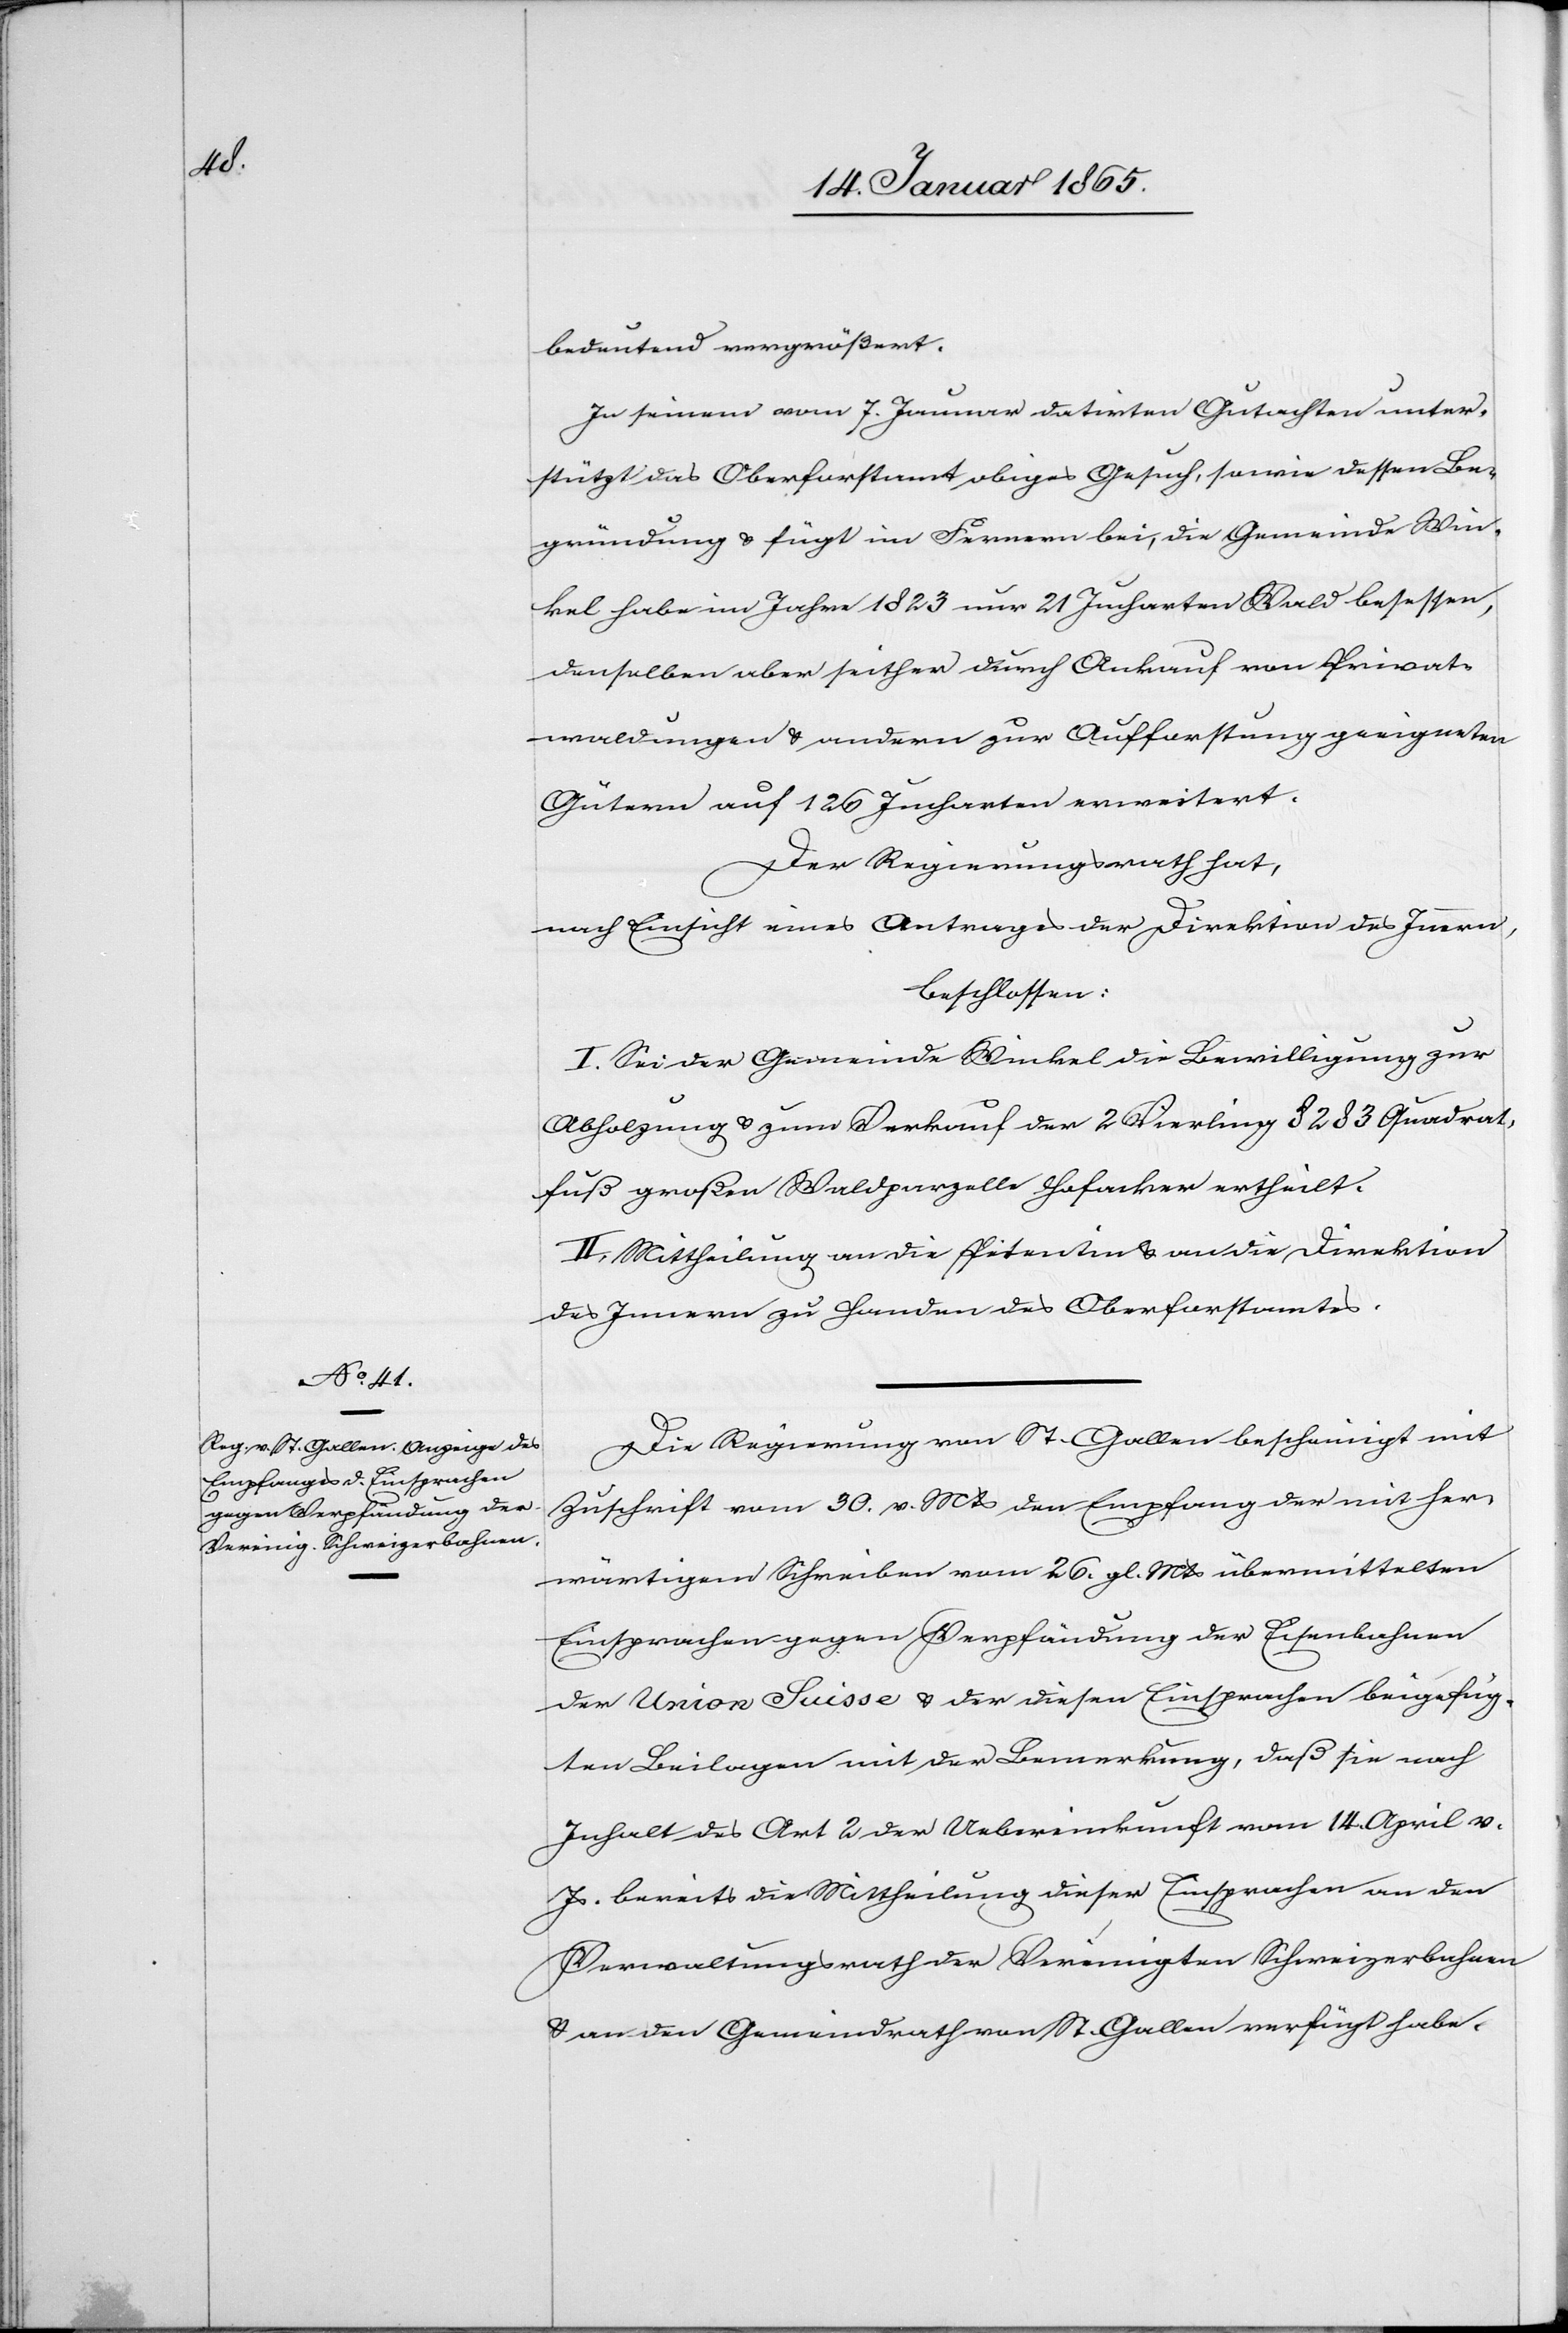
bedeutend vergrößert.
In seinem vom 7. Januar datirten Gutachten unter¬
stützt das Oberforstamt obiges Gesuch, so wie dessen Be¬
gründung u. fügt im Fernern bei, die Gemeinde Win¬
kel habe im Jahre 1823 nur 21 Jucharten Wald besessen,
denselben aber seither durch Ankauf von Privat¬
waldungen u. andern zur Aufforstung geeigneten
Gütern auf 126 Jucharten erweitert.
Der Regierungsrath hat,
nach Einsicht eines Antrages der Direktion des Innern,
beschlossen:
I. Sei der Gemeinde Winkel die Bewilligung zur
Abholzung u. zum Verkauf der 2 Vierling 8283 Quadrat¬
fuß großen Waldparzelle Hofacker ertheilt.
II. Mittheilung an die Petentin u. an die Direktion
des Innern zu Handen des Oberforstamtes.
Die Regierung von St. Gallen bescheinigt mit
Zuschrift vom 30. v. Mts den Empfang der mit her¬
wärtigem Schreiben vom 26. gl. Mts übermittelten
Einsprachen gegen Verpfändung der Eisenbahnen
der Union Suisse u. der diesen Einsprachen beigefüg¬
ten Beilagen mit der Bemerkung, daß sie nach
Inhalt des Art 2 der Uebereinkunft vom 14. April v.
Js. bereits die Mittheilung dieser Einsprachen an den
Verwaltungsrath der Vereinigten Schweizerbahnen
u. an den Gemeindrath von St. Gallen verfügt habe.